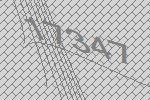
17347